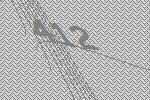
412